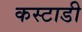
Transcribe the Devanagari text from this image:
कस्टाडी